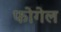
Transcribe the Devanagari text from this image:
फोगेल